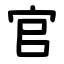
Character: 官